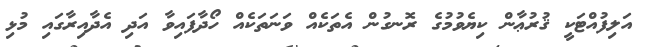
އަލިފުއްޓަކީ ޤުރުޢާން ކިޔެވުމުގެ ރޮނގުން އެތަކެއް ވަނަތަކެއް ހޯދާފައިވާ އަދި އެދާއިރާގައި މުޅި